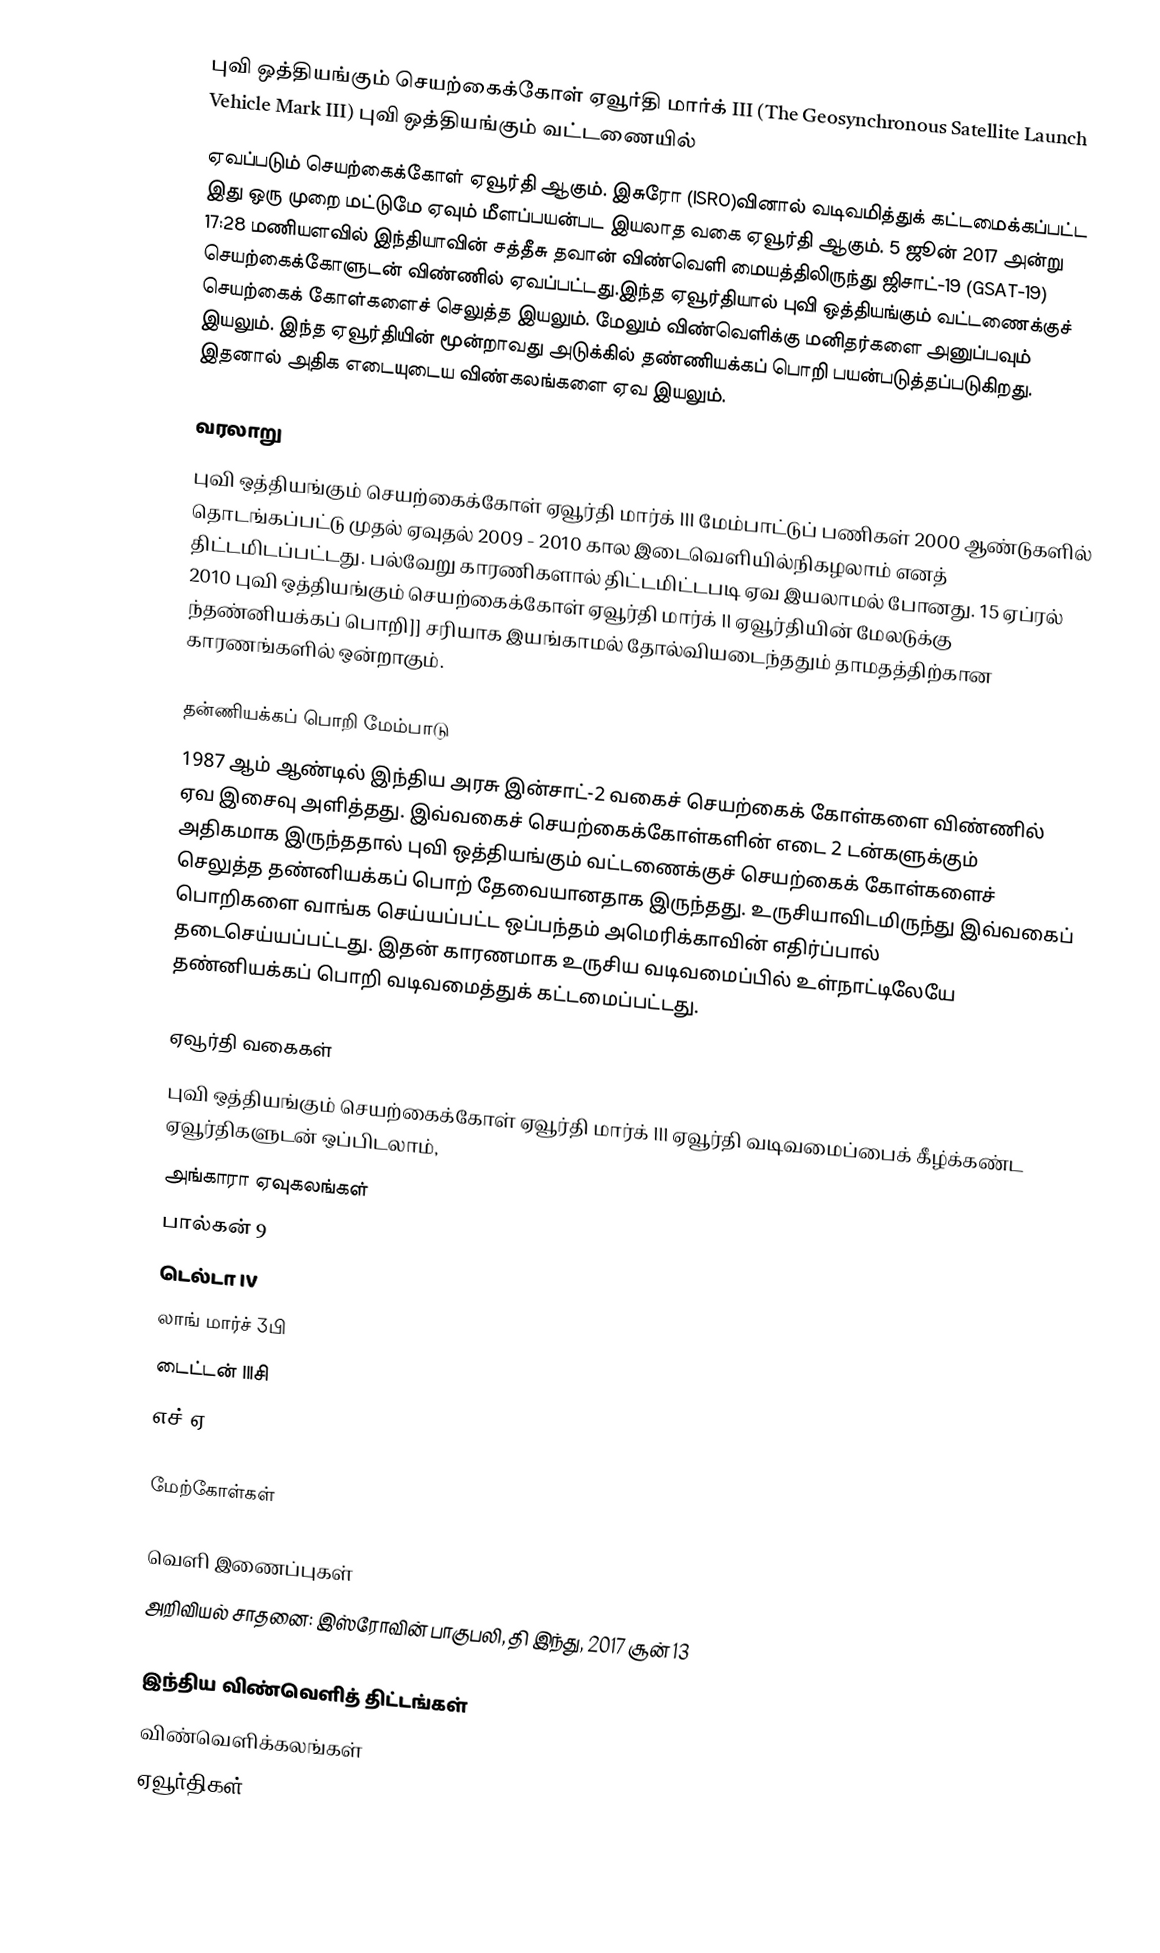
புவி ஒத்தியங்கும் செயற்கைக்கோள் ஏவூர்தி மார்க் III (The Geosynchronous Satellite Launch Vehicle Mark III) புவி ஒத்தியங்கும் வட்டணையில்
ஏவப்படும் செயற்கைக்கோள் ஏவூர்தி ஆகும்.  இசுரோ (ISRO)வினால் வடிவமித்துக் கட்டமைக்கப்பட்ட இது ஒரு முறை மட்டுமே ஏவும் மீளப்பயன்பட இயலாத வகை  ஏவூர்தி ஆகும். 5 ஜூன் 2017 அன்று 17:28 மணியளவில் இந்தியாவின் சத்தீசு தவான் விண்வெளி  மையத்திலிருந்து ஜிசாட்-19 (GSAT-19) செயற்கைக்கோளுடன் விண்ணில் ஏவப்பட்டது.இந்த ஏவூர்தியால் புவி ஒத்தியங்கும் வட்டணைக்குச் செயற்கைக் கோள்களைச் செலுத்த இயலும். மேலும் விண்வெளிக்கு மனிதர்களை அனுப்பவும் இயலும். இந்த  ஏவூர்தியின் மூன்றாவது அடுக்கில் தண்ணியக்கப் பொறி பயன்படுத்தப்படுகிறது. இதனால் அதிக எடையுடைய விண்கலங்களை ஏவ இயலும்.

வரலாறு
புவி ஒத்தியங்கும் செயற்கைக்கோள் ஏவூர்தி மார்க் III மேம்பாட்டுப் பணிகள் 2000 ஆண்டுகளில் தொடங்கப்பட்டு முதல் ஏவுதல் 2009 - 2010 கால இடைவெளியில்நிகழலாம் எனத் திட்டமிடப்பட்டது. பல்வேறு காரணிகளால் திட்டமிட்டபடி ஏவ இயலாமல் போனது. 15 ஏப்ரல் 2010 புவி ஒத்தியங்கும் செயற்கைக்கோள் ஏவூர்தி மார்க் II  ஏவூர்தியின் மேலடுக்கு ந்தண்னியக்கப் பொறி]] சரியாக இயங்காமல் தோல்வியடைந்ததும் தாமதத்திற்கான காரணங்களில் ஒன்றாகும்.

தன்ணியக்கப் பொறி மேம்பாடு
1987 ஆம் ஆண்டில் இந்திய அரசு இன்சாட்-2 வகைச் செயற்கைக் கோள்களை விண்ணில் ஏவ இசைவு அளித்தது. இவ்வகைச் செயற்கைக்கோள்களின் எடை 2 டன்களுக்கும் அதிகமாக இருந்ததால்  புவி ஒத்தியங்கும் வட்டணைக்குச் செயற்கைக் கோள்களைச் செலுத்த தண்னியக்கப் பொற் தேவையானதாக இருந்தது.  உருசியாவிடமிருந்து இவ்வகைப் பொறிகளை வாங்க செய்யப்பட்ட ஒப்பந்தம் அமெரிக்காவின் எதிர்ப்பால் தடைசெய்யப்பட்டது. இதன் காரணமாக உருசிய வடிவமைப்பில் உள்நாட்டிலேயே தண்னியக்கப் பொறி வடிவமைத்துக் கட்டமைப்பட்டது.

ஏவூர்தி வகைகள்
புவி ஒத்தியங்கும் செயற்கைக்கோள் ஏவூர்தி மார்க் III ஏவூர்தி வடிவமைப்பைக் கீழ்க்கண்ட  ஏவூர்திகளுடன் ஒப்பிடலாம்,
அங்காரா ஏவுகலங்கள்
பால்கன் 9
டெல்டா IV
லாங் மார்ச் 3பி
டைட்டன் IIIசி
எச்2ஏ

மேற்கோள்கள்

வெளி இணைப்புகள்
அறிவியல் சாதனை: இஸ்ரோவின் பாகுபலி, தி இந்து, 2017 சூன் 13

இந்திய விண்வெளித் திட்டங்கள்
விண்வெளிக்கலங்கள்
ஏவூர்திகள்